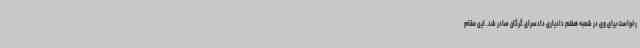
رخواست برای وی در شعبه هفتم دادیاری دادسرای گرگان صادر شد. این مقام